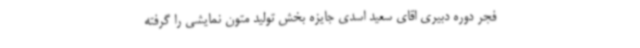
فجر دوره دبیری اقای سعید اسدی جایزه بخش تولید متون نمایشی را گرفته